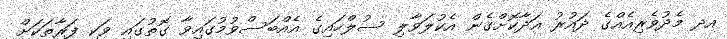
އދ މެދުވެރިއެއްގެ ދައުރު އަދާކޮށްގެން އެކުލަވާލި ސުލްހައިގެ އެއްބަސްވުމުގައިވާ ގޮތުގައި ވަކި ފަރާތަކަށް